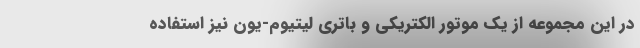
در این مجموعه از یک موتور الکتریکی و باتری لیتیوم-یون نیز استفاده